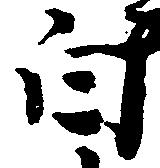
白